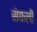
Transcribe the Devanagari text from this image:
सेफली